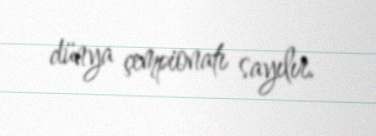
dünya çempionatı sayılır.